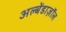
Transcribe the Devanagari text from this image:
अल्बेंडाज़ॉल